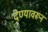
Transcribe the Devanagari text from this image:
देण्यावरून